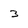
Character: 3